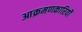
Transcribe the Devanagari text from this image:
आक्रमणकारियोंं